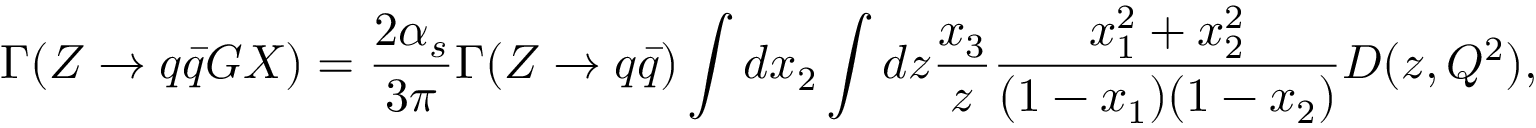
\Gamma ( Z \rightarrow q \bar { q } G X ) = { \frac { 2 \alpha _ { s } } { 3 \pi } } \Gamma ( Z \rightarrow q \bar { q } ) \int d x _ { 2 } \int d z { \frac { x _ { 3 } } { z } } { \frac { x _ { 1 } ^ { 2 } + x _ { 2 } ^ { 2 } } { ( 1 - x _ { 1 } ) ( 1 - x _ { 2 } ) } } D ( z , Q ^ { 2 } ) ,